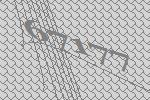
67177